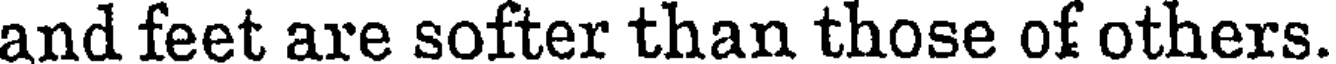
and feet are softer than those of others.